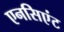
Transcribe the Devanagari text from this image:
एनसिएंट